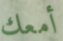
أمعك